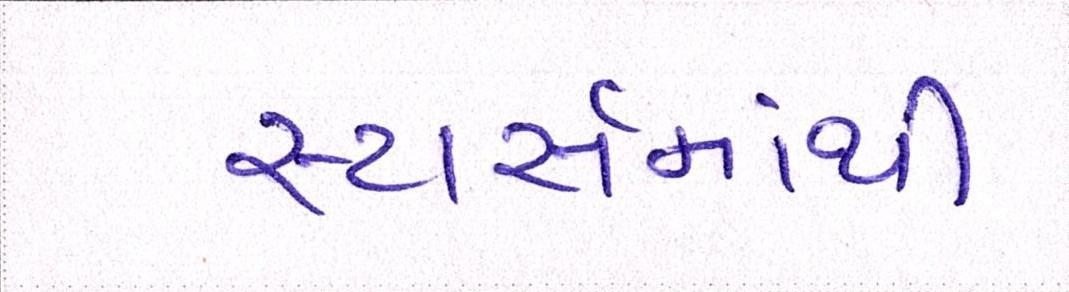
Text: સ્ટાર્સમાંથી